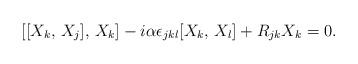
LaTeX: \begin{align*} [[X_k,\,X_j],\,X_k]-i\alpha\epsilon_{jkl}[X_k,\,X_l] +R_{jk}X_k=0.\end{align*}